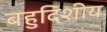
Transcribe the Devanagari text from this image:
बहुदिशीय